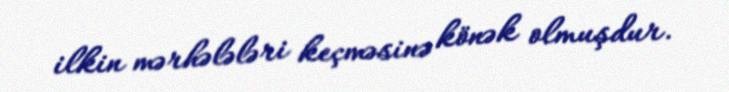
ilkin mərhələləri keçməsinə könək olmuşdur.